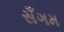
સઁગમ